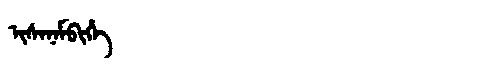
Manchu: ᡳᠰᠠᠨᠠᠮᠪᡳᡥᡝ
Romanization: ISANAMBIHE